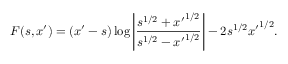
F ( s , x ^ { \prime } ) = ( x ^ { \prime } - s ) \log \left| \frac { s ^ { 1 / 2 } + { x ^ { \prime } } ^ { 1 / 2 } } { s ^ { 1 / 2 } - { x ^ { \prime } } ^ { 1 / 2 } } \right| - 2 s ^ { 1 / 2 } { x ^ { \prime } } ^ { 1 / 2 } .